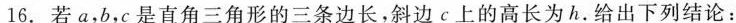
16.若a,b,c是直角三角形的三条边长，斜边c上的高长为h.给出下列结论：